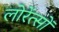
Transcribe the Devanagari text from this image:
लोरेंत्सों